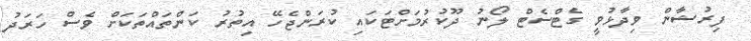
ފިރުޝާން ވިދާޅުވީ ގެޓްސެޓް ލޯނު ދޫކުރުމަށްޓަކައި ކުރަންޖެހޭ އިތުރު ކަންތައްތަކަށް ވެސް ހަރަދު